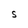
Character: e